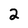
Character: 2